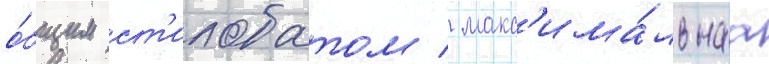
о́бщим ст'илобатом / макс'има́льнаа